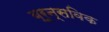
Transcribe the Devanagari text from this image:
ब्रून्सविक